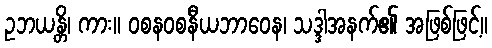
ဥဘယန္တိ၊ ကား။ ဝစနဝစနီယဘာဝေန၊ သဒ္ဒါအနက်၏ အဖြစ်ဖြင့်။